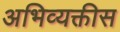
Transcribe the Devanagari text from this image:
अभिव्यक्तीस